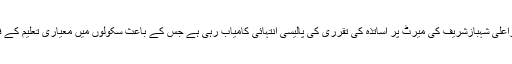
مشرف زیدی نے بتایا کہ وزیراعلیٰ شہبازشریف کی میرٹ پر اساتذہ کی تقرری کی پالیسی انتہائی کامیاب رہی ہے جس کے باعث سکولوں میں معیاری تعلیم کے فروغ کو یقینی بنایا جا رہا ہے۔